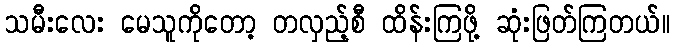
သမီးလေး မေသူကိုတော့ တလှည့်စီ ထိန်းကြဖို့ ဆုံးဖြတ်ကြတယ်။